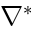
\nabla ^ { * }